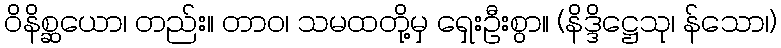
ဝိနိစ္ဆယော၊ တည်း။ တာဝ၊ သမထတို့မှ ရှေးဦးစွာ။ (နိဒ္ဒိဋ္ဌေသု၊ န်သော၊)